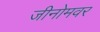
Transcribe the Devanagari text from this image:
जीनोमवर